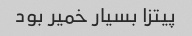
پیتزا بسیار خمیر بود